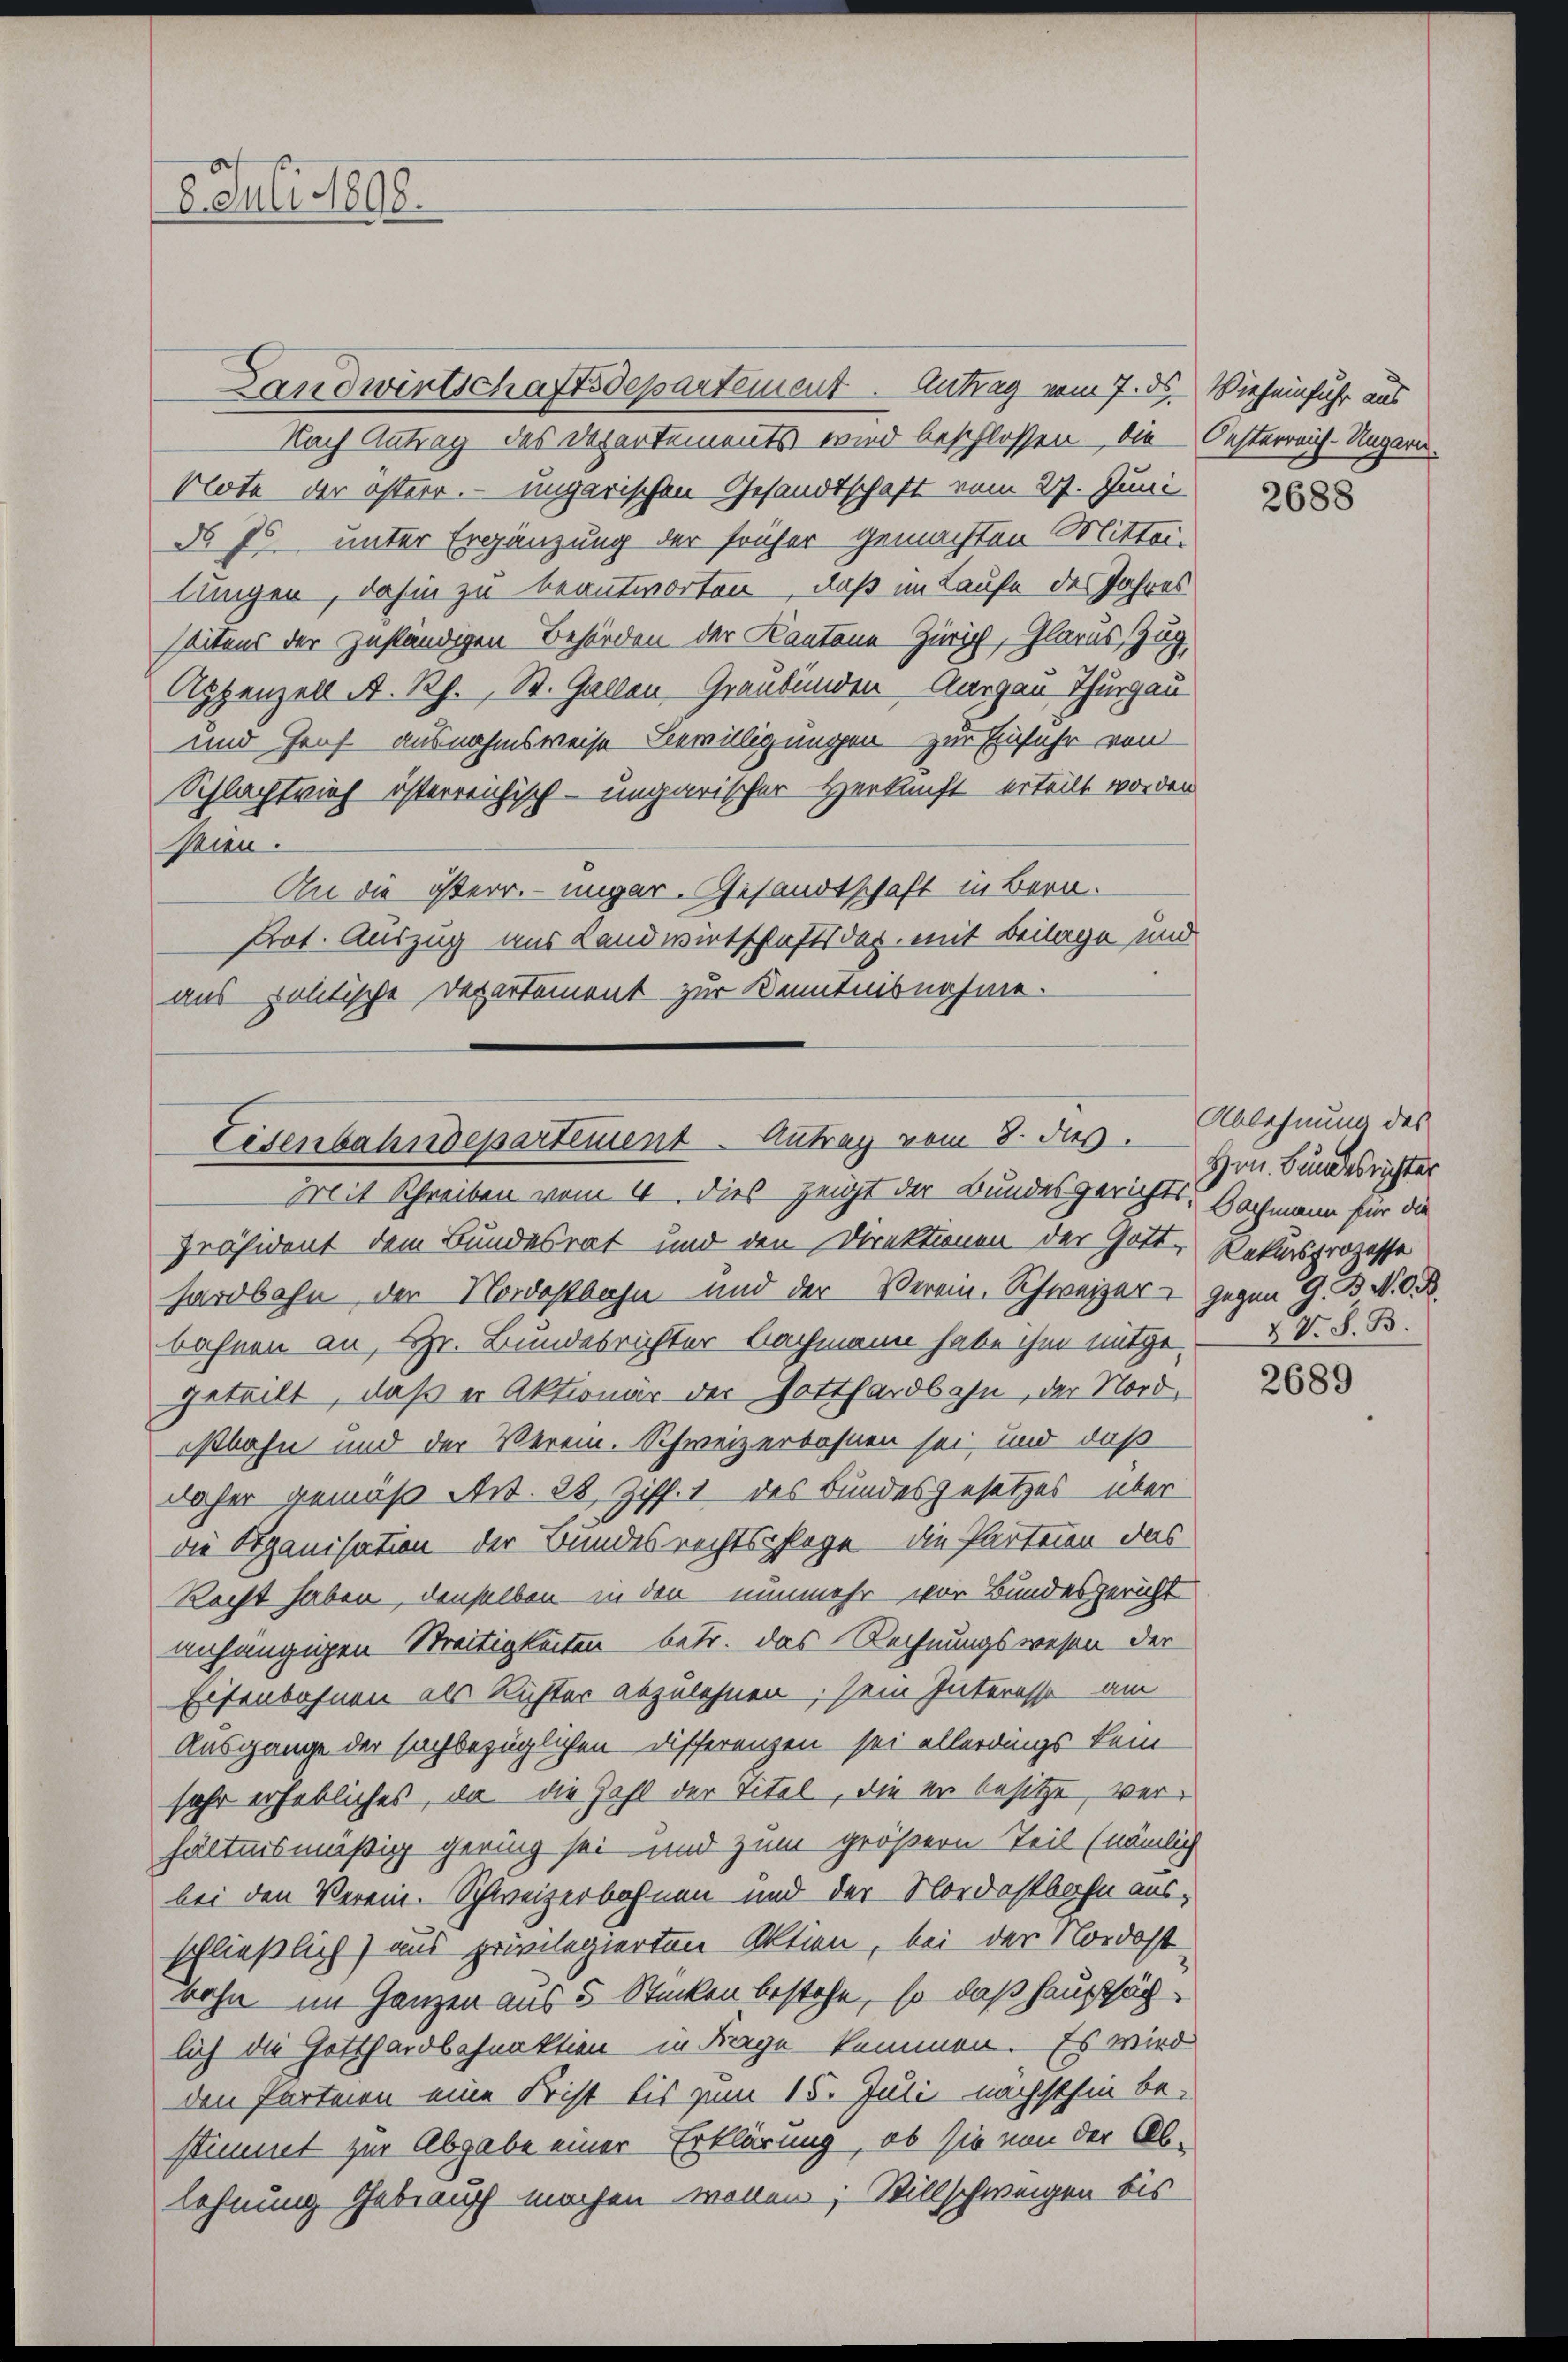
2 Juli 1898.

Landwirtschaftsdepartement. Antrag vom 7. ds. Vieheinfuhr aus
Nach Antrag des Departements wird beschlossen, die Oesterreich-Ungarn.
Note der österr. – ungarischen Gesandtschaft vom 27. Juni
N 75. unter Ergänzung der früher gemachten Mittei-
lungen, dahin zu beantworten, daß im Laufe des Jahres
seitens der zuständigen Behörden der Kantone Zürich, Glarus, Zug,
Appenzell A. Rh., St. Gallen Graubünden Aargau Thurgau
und Genf ausnahmsweise Bewilligungen zur Einfuhr von
Schlachtvieh österreichisch-ungarischer Herkunft erteilt worden
Mien.
An die österr. ungar. Gesandtschaft in Bern.
Prot. Auszug aus Landwirtschaftsdep. mit Beilage und
aus politische Departement zur Kenntnisnahme.

Eisenbahndepartement. Antrag vom 8. ds.

Mit Schreiben vom 4. dies zeigt der Bundesgerichts. Bachmann für die
Präsident dem Bundesrat und den Direktionen der Gott, Rekursprozesse
hardbahn der Nordostbahn und der Verein. Schweizer gegen G. B. N. O. B.
bahnen an, Hr. Bundesrichter Nachmann habe ihm mitge & V. S. B.
geteilt, daß er Aktionar der Gotthardbahn, der Nordostbahn und der Verein. Schweizerbahnen sei, und daß
daher gemäß Art. 28, Ziff. 1 des Bundesgesetzes über
die Spanisation der Bundesrechtspflege – die Parteien das
Recht haben, denselben in den nunmehr vor Bundesgericht
anhängigen Streitigkeiten betr. das Rechnungswesen der
Eisenbahnen als Richter abzulehnen; sein Interesse am
Ausgange der sachbezüglichen Differenzen sei allerdings kein
Jahr erhebliches, da die Zahl der Titel, die er besitze, verhältnismäßig gering sei und zum größern Teil (nämlich
bei den Verein-Schweizerbohnen und der Nordostbahn ausschließlich) aus privilegierten Aktien, bei der Nordost
Bohn im Ganzen aus 5 Stücken bestehe, so daß Hauptsächlich die Gotthardbahnaktien in Frage kommen. Es wird
den Parteien eine Frist bis zum 15. Juli nächsthin be-
stimmt zur Abgabe einer Erklärung, ob sie von der Ab-
lehnung Gebrauch machen wollen; Stillschweigen bis

2688

Ablehnung des
Hrn. Bundesrichter

2689